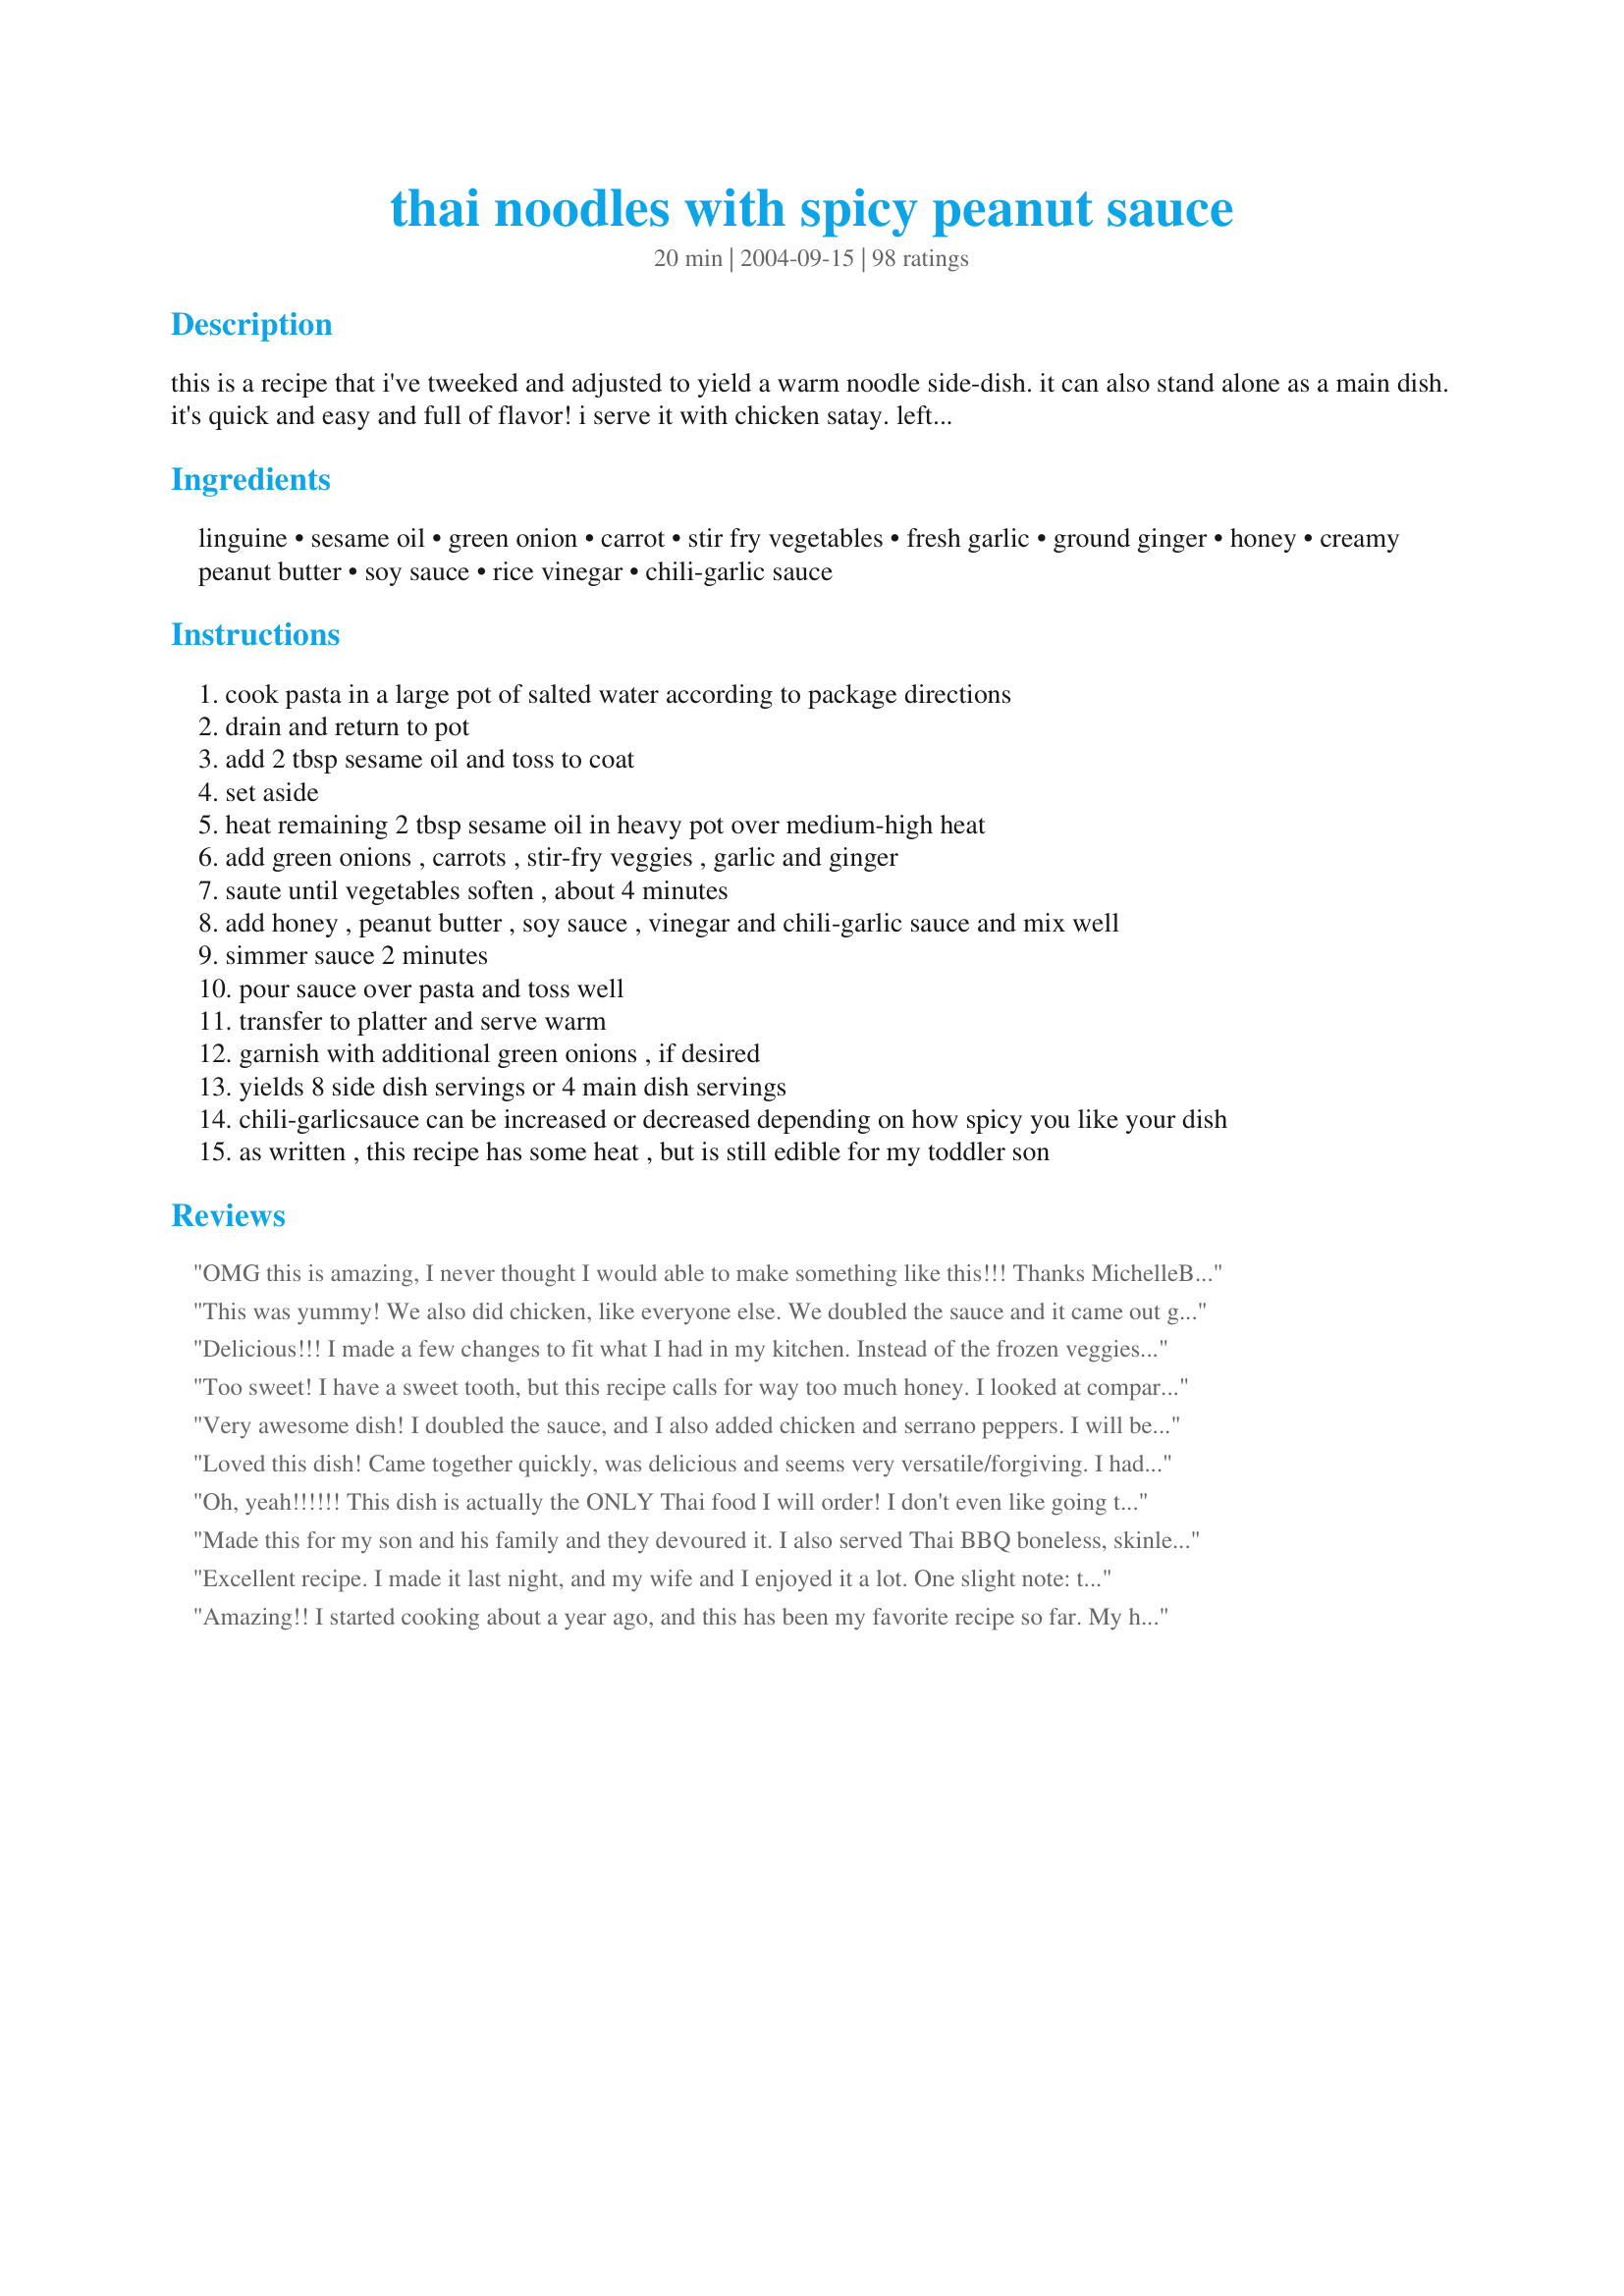
thai noodles with spicy peanut sauce
Preparation time: 20 minutes

this is a recipe that i've tweeked and adjusted to yield a warm noodle side-dish. it can also stand alone as a main dish. it's quick and easy and full of flavor! i serve it with chicken satay. leftovers are yummy hot or cold.

Ingredients:
linguine, sesame oil, green onion, carrot, stir fry vegetables, fresh garlic, ground ginger, honey, creamy peanut butter, soy sauce, rice vinegar, chili-garlic sauce

Steps:
cook pasta in a large pot of salted water according to package directions
drain and return to pot
add 2 tbsp sesame oil and toss to coat
set aside
heat remaining 2 tbsp sesame oil in heavy pot over medium-high heat
add green onions , carrots , stir-fry veggies , garlic and ginger
saute until vegetables soften , about 4 minutes
add honey , peanut butter , soy sauce , vinegar and chili-garlic sauce and mix well
simmer sauce 2 minutes
pour sauce over pasta and toss well
transfer to platter and serve warm
garnish with additional green onions , if desired
yields 8 side dish servings or 4 main dish servings
chili-garlicsauce can be increased or decreased depending on how spicy you like your dish
as written , this recipe has some heat , but is still edible for my toddler son

Reviews:
OMG this is amazing, I never thought I would able to make something like this!!! Thanks MichelleBelle61 for your review because I was also looking for something similar to the dish at Cheesecake factory so I followed your tweaks exactly and it was pretty darn close to the real thing!!!! Thanks for the recipe Holly and thanks for your helpful review!!!!!!!! UPDATE: I hadn't made this dish in awhile, I decided to take some other reviews ideas. I used angel hair pasta. I saut?ed chicken with garlic until browned, then added fresh carrots, broccoli and green onions. I doubled the sauce except the rice vinegar and whisked it before adding to everything. It was even better than last time I had it. Thanks or all the helpful reviews!
This was yummy! We also did chicken, like everyone else. We doubled the sauce and it came out great. Thanks for a keeper :)
Delicious!!! I made a few changes to fit what I had in my kitchen. Instead of the frozen veggies I used 2 cups of steamed broccoli slaw. I also added 2 roasted chicken breasts cubed. I really like my Thai noodles spicy, so I sprinkled with red pepper flakes before eating. This is my new recipe for Thai noodles, thank you!
Too sweet! I have a sweet tooth, but this recipe calls for way too much honey. I looked at comparable recipes and they call for a fraction of the honey. Also, I threw in some sesame oil which helped tremendously.
Very awesome dish! I doubled the sauce, and I also added chicken and serrano peppers. I will be making this again for sure! Thanks for the authentic keeper Holly!!!
Loved this dish! Came together quickly, was delicious and seems very versatile/forgiving. I had everything on hand but the chili sauce so made do without. I used fresh veggies, a little more peanut butter, whole wheat spaghetti, and a lot of Sriracha. I did have to thin it a little with some chicken stock, probably because of the extra PB. Garnished with a few more green onions and some chopped peanuts. It was even better today for lunch with some chicken. Definitely a keeper!
Oh, yeah!!!!!! This dish is actually the ONLY Thai food I will order! I don't even like going to Thai restaurants because I don't know if they will have it. You just made me so happy with this recipe! I didn't change a thing - just added. I added chicken like one of the other reviewers and doubled the sauce recipe. It is so incredibly yummy! Thanks, Holly!!
Made this for my son and his family and they devoured it. I also served Thai BBQ boneless, skinless chicken thighs. Passed it on to my daughter and her family (her husband is part Thai) and they now have it as a staple for the food repertoire. They modified it to make single dish by adding roasted pieces of chicken to the dish. My wife and I are visiting them now so it's on the menu for tonight. Spice it up with red pepper flakes or increase the red chili paste if spicy is more to your liking.
Excellent recipe. I made it last night, and my wife and I enjoyed it a lot. One slight note: the word is tweaked, not tweeked.
Amazing!! I started cooking about a year ago, and this has been my favorite recipe so far. My husband seriously exclaimed aloud after every bite--he absolutely loved it. Changes I made: I added grilled chicken and used regular spaghetti noodles; I doubled the chili-garlic sauce (which gave it quite a kick); I didn't use frozen stir-fry veggies but I did add a sliced red bell pepper and some additional carrots (not shredded, just sliced); due to a chicken cooking mix-up, I actually had the sauce warming for about fifteen minutes instead of two minutes; and perhaps most importantly, I used Justin's Almond Butter because I'm allergic to peanuts. I'm not saying that any of these changes make the recipe better--I just want to accurately convey what I did that equaled a five star rating. For me this was a bit time consuming (washing and chopping veggies always is), but it wasn't difficult. No doubt we will be eating this as often as I agree to make it!
Made for my sons and they loved it. I think it might need some crushed red pepper; and maybe more vegs. Other than that, it is a keeper!! Will probably add some chicken too.
Very very yummy! I made extra sauce by doubling all the sauce ingredients...everything except the rice vinegar...I will keep the sauce in the fridge to make some more noodles this week. My picky husband enjoyed this a lot. Next time, I may add some cooked chicken or shrimp. Such an easy and delicious recipe...thank u for posting Holly!
I hate being that guy that changes up recipes and reviews them (giving it a 5 star anyway) Changes I made: -Thick rice noodles instead of linguine noodles -2 cups fresh veg (broccoli and red pepper) instead of frozen veg -Added whisked egg while it was being stir fried together -Garnish with peanuts, cilantro and a lime wedge for spritzing After that, very authentic and amazing. Cheers
I was looking for a recipe similar to the Thai Chicken Pasta dish at Cheesecake Factory, and this was very close. To bring it closer to the Cheesecake Factory Dish, I added two cut up chicken breasts, which I cooked until it turned white before adding the carrots and vegetables. Also, I increased the peanut butter by a tablespoon, doubled the chili sauce, and topped the final dish with fresh bean sprouts. One more thing; whisk the sauce ingredients before adding it to the vegetables to make a smooth sauce. My whole family loved this!
I really like this recipe and have made it (with minor tweaks) several times. I agree with those who prefer to make the sauce separately instead of adding the ingredients to the vegetables. Makes it much easier to sample and adjust the sauce accordingly.
OHMYGOSH this was GOOD! I added twice the amounts of peanut butter and honey because I read the recipe wrong, but it still was WOW. I made it as written, as one of my daughters is a vegitarian, but the rest of us agreed that next time I will add some chicken. Thanks SO much for this!
Really tasty! Love the flavor/sauce. I used pre-packaged veggie slaw and shredded carrots instead of the frozen stir fry veggies out of personal preference. I might add cooked shrimp or chicken in the future, though I like it vegetarian as is. You can't go wrong with this recipe, mixing and matching. I can't wait to make this for potlucks. I just know this dish will be a big hit! I really like this dish served at room temperature or slightly warm. I will definitely make this again!
This was AWESOME!
Very good!! I used shirataki spaghetti noodles, came out very good. May increase the spice a little next time, as I like a lot of heat! Definetely a keeper!!
I have made this twice now, once to test it on the staff here and for our new student orientation. It was a hit both times. I added about 1 1/2 T more peanut butter and used a hot sesame oil. The staff were almost fighting about how to divide the leftovers. Thank you for a great, simple recipe. It would be easy to use rice noodles and make it gluten free also!
Not many recipes I rush to review - but this was wonderful! I am stuffed and still want more. MMM. I used a head of bok choy in place of frozen veggies and increased the soy sauce, honey, and peanut butter to 1/3 cup and the rice vinegar to 4 Tbsp. Also didn't have chili garlic paste so I just used a teaspoon of red pepper flakes. I took another suggestion and whisked the sauce before adding it to the veggies and noodles. This is just heavenly - thank you Holly!
Can't believe how easy and delicious this was! Tasted just like being at a restaurant but much cheaper!<br/>I substituted maple syrup for honey and added extra firm tofu to the sauce. I didn't have sesame oil so I just used olive oil. I added sesame seeds and chia seeds (not too many). I added a bit extra peanut butter at the end for an extra taste, but think it would have been find either way. Yum!
Absolutely fantastic! My 3 year old cried when we ran out and he couldn't have another bowl. I followed the peanut sauce recipe very closely with the exception of doubling the chili sauce. It was a good amount of heat, which I love. Rather than using frozen stir fry veggies, I used fresh sugar snap peas, onions, and red peppers. You can really use any veggies you want and I think it will turn out well. I used whole wheat thin spaghetti noodles since I had them on hand already. I will certainly be making this recipe again and again.
I just made this today and it turn out super good. Thank you for the recipe.
Awesome dish! I made four times the called for amount of sauce and doubled the veggies, we like a saucey pasta. I simply could have eaten the veggies and sauce alone. I used fresh choy, green beans, and broccoli and Korean mushrooms. Definitely a dish to repeat!
Great recipe! I made the recipe as is except for using fresh veggies instead of frozen. My only suggestion is to not plan on eating this as leftovers the next day as the noodles and veggies get a bit soggy.
This is a definite favorite amongst family and friends! it's great served both hot and cold and really not that spicy, as my 21 month old has eaten it and loved it for several months now! make it tonight, you'll be glad you did :)
This was SO GOOD!! I used a Thai-style rice noodle (like you&#039;d make Pad Thai out of) and soaked them awhile before adding to the rest of the mixture. Evidently I didn&#039;t soak them enough but I was able to add a bit of water to the mixture at the end and continue cooking it for a few minutes while stirring till they softened. Just my mistake, not the fault of this recipe. I made everything else the same and everyone really enjoyed it. (Used chicken thigh meat, diced, and marinated for 15-20 minutes in Yoshida&#039;s.) I loved the simpleness of the sauce and flexibility of what vegetables you could use. Great recipe! Thanks.
This was a new taste treat for me and I thoroughly enjoyed it.
All I can say is MMMMMMMMMMM. So, so, so, so good. My hubby said the best peanutty dish I have made to date. thanks
This is the bomb! I did everything as mentioned but substituted Almond Butter for the Peanut Butter and used chopped almonds in place of peanuts. Almond butter is a little milder in flavor. I only had chunky so I used an emersion blender when the sauce was in the pot. Thank you Holly!
Used this as a base, and it turned out great. I also used sauteed chicken tenders, and I used fresh veggies (broccoli, carrot, onion, celery) and a can of baby corn. I used a bit more garlic and ginger, and stirred in a little cornstarchand water to the sauce before adding it to the mix. Step-Daughter loved it!
We were very happy to try this recipe last night. Husband thought it was a 'top' recipe! Easy to make, taste great, nice leftovers.<br/>Next time - a few more veggies, little less pasta, used spaghettini. YUM!<br/>Thanks for a great recipe.<br/>(ok, note for self: try 1/2 the noodles (6oz), make full sauce amount, but when adding peanut butter, soy, honey mix to veg - use maybe only 2/3rds. Also could still add more veg)
Excellent. I just made this for over 100 people and everyone raved about the dish. I am sure it would be much easier to make for a family and cooking for more than 100 but it taste great. I was able to find Thai Chili garlic sauce in my local supermarket in the International food section.
Although this dish turned out to be very tasty, the sauce was like wallpaper paste and too peanut buttery. I ended up adding about a cup of chicken broth to thin it down. I also added some diced chicken that I saut?ed and cut down on the garlic. This is why I could only rate it at 3 stars. After modifying the recipe, it was good.
Our family loves Thai so I decided to try this recipe and I'm so glad I did because it's awesome! It had a little kick but not an uncomfortable one. Everyone has already been back for seconds! I made the exact recipe except at the end I added diced up grilled chicken. Excellent! Thank you HGL!!!
Excellent stuff! Tweaked the sauce a bit by adding some fish sauce and water cause it was too thick, increased chili sauce plus sriracha for a stronger kick, raided fridge for a greater variety of veggies, and tossed in tofu that we pan fried separately before.
My husband and I REALLY liked this recipe! We did need a little bit more veggies, but overall it turned out excellent with good flavor. We definitely will be making this dish again.
Really nice supper dish and easy to prepare. Iused about 2 1/2 cups fresh veggies instead of frozen and so added to the cook time a little. I used about 3/4 tsp of the chili garlic paste and will up that for us next time, I do enjoy a little heat. :) Used thin spaghetti and that worked out well. I will definately double the sauce next time also. Thanks for a great dinner!
Yum! Followed recipe as written except I added chicken.
This was delicious and easy to modify for personal tastes. I had to use brown sugar in lieu of the honey (didn't have any) and used whole wheat linguine. For veggies I used: 1 bell pepper thinly sliced, shredded carrots, sliced onion, sliced cabbage, and one small bag of frozen stir fry veggies. I doubled the sauce, though didn't fully double the rice wine vinegar. Wonderful vegetarian lunch!
Thank you so much for this recipe! I have made it quite a few times since finding it. Last time I cut up chicken breasts and cooked them first with garlic, and then added them to the veggies and sauce while the sauce was thickening. Very good! *I don't use sesame oil and I cut up fresh broccoli and carrots
Just WOW!!!! I've had other peanut dishes that used normal noodles and was never impressed with the results and had resigned myself to not ever being able to make thai noodle dishes at home. I have a wonderful peanut curry but that's more complicated and rice takes much longer to cook. This was fast, easy, and DELICIOUS!
This is a nice, spicey Thai dish!
Awesome recipe. I did alter it abit....I scrambled a couple of eggs into it, used broccoli slaw instead of frozen veggies (I like the firmness). And doubled the chili-garlic sauce for heat. We also grilled the chicken with a little ground chili peppers...as you can see we like food a little spicy, definitely not too hot the the average person. We doubled the sauce as we doubled the noodles. Left the veggies firm and tossed in a bag of fresh bean sprouts with the noodles. Fresh lime juice and peanuts with serving...I have been told this is better then some restaurants! Enjoy!!!!!
Very good taste, sweet and spicy. Got sticky for me and an unpleasant texture very quickly before serving. Next time I would eat them hot.
Great Asian noodle recipe! I used fresh broccoli & carrots instead of stir fry veggies and added imitation crab (it was great!). thanks for the keeper!!
OH MY GOODNESS! This is such a wonderful recipe! We all loved it!! Our 20 year old son said it might be the best thing he has ever eaten. I used all fresh veggies (broccoli, celery, carrots, green pepper). Our daughter wants it to be spicier next time (I followed the recipe) but we like really spicy food. We made this on a Thursday and there are plans to have it again on Saturday. :) Thank you so much for sharing this recipe!!
Loved it! Added a little extra sesame oil and garlic chili sauce to kick up the heat.
Yum, yum, yum!! I was craving Thai noodles and this hit the spot dead on. I cut the sesame oil down to a little over 2 tablespoons and used shredded cabbage instead of frozen veggies. Once plated, I squeeezed a little fresh lime juice on top. Thanks for posting. I'll be making this again and again.
I made this tonight with fresh veggies (red peppers, broccoli, zucchini) and it was fantastic. Also, I found out I was out of sesame oil so I had to sub peanut oil and it was still great but I'm sure that the seame oil would have added another depth of flavour. This will go into our rotation.
This was such a great noodle dish! I used thin egg noodles and though I cut the recipe down to two servings, I used 1tsp chilli garlic paste which was just right for our tastes. Next time I think I'll make more sauce though, it was excellent! Thank you for posting such a quick, easy dinner!
This sauce is wonderful! Just the right amount of zing and loaded with flavor! DH, who is not a fan of stir fry, loved that this one has noodles. It was a hit with my family. I do not have chili sauce in my pantry but took someone&#039;s suggestion to use Sriracha sauce and it worked out very well, in my opinion. I opted to fry up some shrimp on the side to add to the finished product. I will make this again. Thank you!
This is good. Minor changes: Used 8 oz. of pasta, 2 tablespoons of sesame oil, and fresh chopped cabbage and red pepper instead of frozen veggies. I think my chili sauce was too mild...next time I'll add more heat. I put sesame seeds on top. A nice dinner, thank you!
This was deliscious! I used fettucini noodles instead because I like wider noodles. I also doubled the veggies. I froze most for lunches and they reheated wonderfully. I will definately make this again.
I doubled the sauce and used a full bag of vegs. It is now my fav recipe. Especially for company
Everybody was giving this recipe five stars; we&#039;re giving it 6!
Yum! I did things a bit differently...I used brown sugar instead of honey and mixed all the sauce ingredients together and let them simmer before adding the veggies. I can't wait to have the leftovers for lunch!
Great flavour! Aside from scaling in half, I followed your instructions - there wasn't too much heat for my hubby - but I'll probably up it next time. I used frozen Thai style veggies & served with Thai Chicken Breasts (#108105) by MarieAlice. Thanx Holly!
My 2yr took one bite and said MMMMMMMMM yummy lol this will definitely be added to our rotation
My new favorite recipe!! Thank you so much. I will make this again and again. I did add chicken, used broccoli instead of frozen veges and I doubled the sauce. I also used gluten free spaghetti noodles (just my preference). I really only needed about 1 1/2 the sauce recipe but that's because I like it saucy. It was delicious and I had leftovers for two days for lunch and it was still fantastic. I'm wondering if I could make giant batches of the sauce and freeze? It's that good!
Wonderful! I tweaked it somewhat....used more vegies, used rice malt syrup as our vegan son doesn't eat honey, and added some red pepper flakes since I didn't have any chili-garlic sauce. Everyone loved it. Thanks very much.
OMG I totally love this dish! I can eat it all the time!! And I do most days of the week as it is also my girlfriend's favorite. Do you think it's fattening?? It can't be that good and good for you!
This was great!! I used 1 1/2 cup of frozen veggies instead of using any carrots. I also used olive oil instead of sesame, I probably will use less to coat the noddles last time. I also added about 2 Tbsp of chili garlic sauce to add some spice!
had this for dinner tonight and the bf practically inhaled it! the only changes i made were to use chunky peanut butter to add another textural element, and i also added tofu. i halved noodles but used the same amount of sauce to make sure there would be enough to coat everything. so yummy!
This was pretty amazing! I woke up this morning in the mood for something Thai for dinner. I used rice vermecelli instead of the linguine and added 1/2 tsp red pepper flakes for extra spice. Thank you HollyGolightly for posting this recipe. Definetly will make this again.
This is excellent and really easy. Served it at room temperature so it works well in a buffet.
This really was a very good recipe. My tweaks for next time (and there will be a next time):&lt;br/&gt;No sesame, olive oil instead.&lt;br/&gt;A half cup or more of water or broth to loosen it up, as shown it was very rich/thick.&lt;br/&gt;We threw in shrimp at the end.
Fantastic! The only change I made was I used Thai rice noodles instead of linguini (not sure it made a huge difference, but thought I&#039;d try being authentic). Will make this again. Thanks for sharing!
Great Salad. I made half a recipe and used fresh red pepper, broccoli, onion, sugar snaps for the frozen veggies. Also topped with cucumber, and bean sprouts when serving. I did add leftover roasted chicken to make it a main dish.
I could easily become addicted to this peanut sauce; sweet and hot and all my favorite vegetables in the stir-fry. I used chili paste rather than sauce - I wanted a little more heat and I sprinkled the finished dish with the green onions rather than cook them. Absolutely and deliciously satisfying, Holly.
Excellent recipe. I also added an extra tablespoon of peanut butter. Quick, easy and relatively healthy. Thank you!
Made this tonight with some substitutions. Used rice noodles, added fresh thai basil and deglazed with wine. Would not use rice noodles again-they are starchy and too soft.
Freakin delicious! I eye balled all of the ingredients and it came out tasting so good. So simple and fast. My new go to for a fast dinner.
This was perfect! I didn't have any chili sauce so I added 7-8 dashes of Tabasco... it was lovely! I made it with fresh broccoli, sliced baby carrots, and snow peas instead of frozen veggies, and served it with chicken strips marinated in homemade teriyaki sauce. Will definitely make again, and was great as leftovers!
Very Good Recipe! I modified sauce by starting with 1 to 1 1/2 pounds of cut up and sauteed chicken breast. 4 cups of frozen stir fry vegetables (or one head of fresh bok choy chopped)
I use 1/2 cup of honey, 1/2 cup peanut butter, 6 Tbsp rice vinegar, 1 Tbsp chili sauce, plus added 1 additional Tbsp of peanut butter. I have tried with pad thai rice noodles, linguini, whole wheat linguini, "but prefer mini bow tie pasta" Enjoy!
Great! I did add an extra 1-2 T peanut butter, added chicken breast and next time will double the veggies. The sauce was quite nice and I look forward to the leftovers.
Very good! I added chicken with the garlic and ginger. Instead of using the frozen stir fry veggies, I used fresh broccoli, which I added once the chicken was cooked. For the chili-garlic sauce, I used Sriracha hot chili sauce. The DH called it awesome. :) Thanks for sharing!
So amazing! I also doubled the sauce and used frozen stir-fry vegetables from Costco. (It has great veggies!) :) I added large shrimp and used rotini pasta. Everyone raved about this! Thank you, HollyGolightly!
This was so good! We used 3 cups of frozen veggies and omitted all the rest. I substituted red wine vinegar and regular vegetable oil (what I had) and forgot about adding the ginger. I will definitely make this again - thanks for the recipe!
Really good. I had a Thai themed dinner party & I was a chafing pan short so I put it in a bowl & served it room temperature. I used no sugar or salt added peanut butter so my version needed salt but I would guess that as written I would have needed salt also.
I made this for my family but was unable to try it as I am allergic to nuts. They raved about this recipe and were disappointed I did not make a double batch. It was easy to make and a family pleaser in my house. Thanks for the recipe.
I've been looking for a Spicy Noodle recipe to rival a deli/grocery store version I bought when I lived in a different city. THIS IS IT! So good!! I had all the ingredients at home. Just the right amount of spice. A side benefit is saving money; I had stopped buying the pricey store version. Now I can make an economical &amp; delicious dish that I love. Can eat this every day now! I like the suggestion of combining with Chicken Satay. Thank you for sharing.
great recipe! nice balance of flavors.
This was great. I had a recipe like this but lost it and I liked this one better. I added a some lime juice in place of some of the vinegar. Also added some baby corn. Thank You for sharing.
The sauce for this recipe is very excellent. I have made this twice now and am completely addicted. I added small chunks of chicken to this also. I used celery, onion, garlic, and carrots as the vegetables. Thank you so much for sharing this!
Really great! I subbed peanut oil instead of sesame and agave instead of honey and it was fantastic!
This was so good and surprisingly quick to make. I also added chicken breasts.
This is a really tasty recipe that is not too spicy at all! I actually chilled this and brought it for lunch (a la cold sesame noodles). Lots of flavor and very satisfying. Thanks for sharing.
Excellent! Rather than chili paste I used chopped dried peppers and I blended in the sesame oil into the sauce itself. I also whisked it together well before putting on the noodles. I've also made this without the veggies as a side and it always gets raves!
YUMMY!! And very easy. I did make the following changes:
used brown sugar instead of honey (that's what we had)
added chicken, and added a little extra peanut butter based on reviews.
This is one of DS&#039;s favorite dishes. I made this often for him (sorry I haven&#039;t reviewed), sometimes plain and sometimes with chicken added. Both ways its delicious. thank you for sharing with us.
I have prepared this dish several times, sometimes making it as shown, sometimes tweaking the sauce. It is always excellent. Some ideas to deepen the sauce flavor: a splash of fish sauce, some chicken broth if the sauce is too thick or you need to stretch it, chunky peanut butter for sure or chopped peanuts. I add the green onions at the end so they stay crunchy. The best part is that this dish is better the next day, hot or cold.
I loved this! I didn't have sesame oil, but it turned out amazing anyway. Personally I think the taste of the sesame oil would be a bit too much with all the peanut butter.
Absolutely the best Thai food I have ever had. I served it with Pork Satay and it was a huge hit!
This was a hit at our Thai-themed dinner party. It has a nice flavor, and it's not too spicy (unless you want it to be, of course). We added some fish sauce and used fresh vegetables instead of frozen (zucchini, mushrooms, grean beans, red pepper), otherwise we followed this recipe closely. I liked this at room temp., too. Thanks for posting!
Delicious! I made this and added 1# of shrimp, chopped to it. I also used whole-wheat linguini, snow peas, bean sprouts, and fresh bell peppers rather than frozen. Also makes fantastic leftovers.
This pasta was delicious... I did it exactly as it said.. except found a bag of fresh stir fry veggies instead of frozen... I thought the sauce is not enough and i ended making the sauce twice.. this time adding more chili sauce.. it was not spicy at all.. would do again.. with double the sauce...
